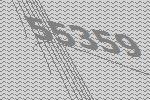
55359